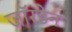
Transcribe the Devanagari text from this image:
जॉरडेन